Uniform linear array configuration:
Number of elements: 16
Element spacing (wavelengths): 1
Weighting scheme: binomial
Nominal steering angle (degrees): -15
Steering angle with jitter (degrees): -16.905
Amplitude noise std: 0.05
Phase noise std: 0.05

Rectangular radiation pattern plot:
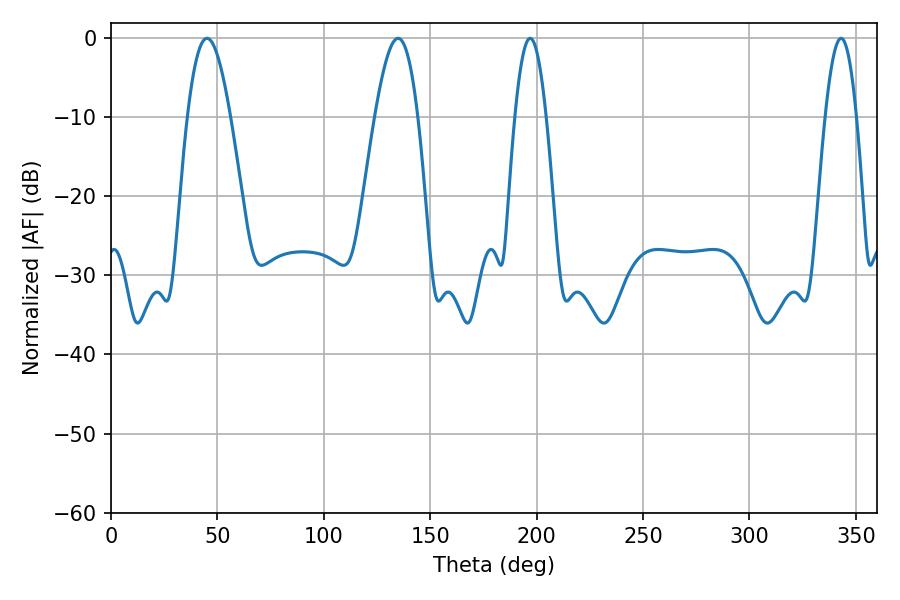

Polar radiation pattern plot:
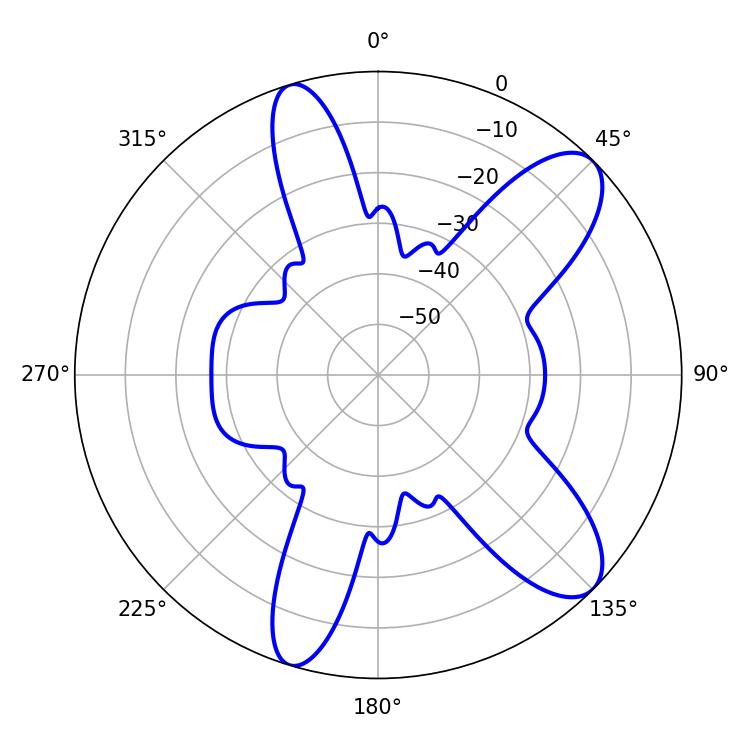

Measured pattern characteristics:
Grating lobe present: TRUE
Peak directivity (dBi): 9.857
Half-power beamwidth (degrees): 8.1
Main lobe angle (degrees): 343.08